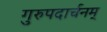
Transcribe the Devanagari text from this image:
गुरुपदार्चनम्